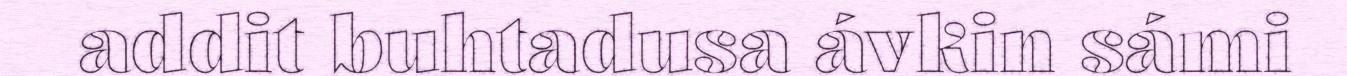
addit buhtadusa ávkin sámi